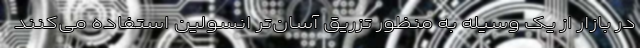
در بازار از یک وسیله به منظور تزریق آسان‌تر انسولین استفاده می‌کنند